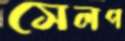
সেলপ